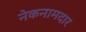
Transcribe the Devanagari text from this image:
नेकनामदार